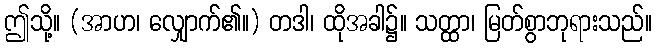
ဤသို့။ (အာဟ၊ လျှောက်၏။) တဒါ၊ ထိုအခါ၌။ သတ္ထာ၊ မြတ်စွာဘုရားသည်။